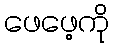
ဖေဖေ့ကို